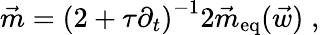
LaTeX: \vec{m}=\left(2+\tau\partial_{t}\right)^{-1}2\vec{m}_{\mathrm{eq}}(\vec{w})\; ,